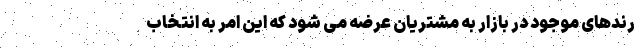
رندهای موجود در بازار به مشتریان عرضه می ‌شود که این امر به انتخاب